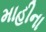
માહીના